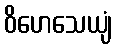
ဝိဟေသေယျံ